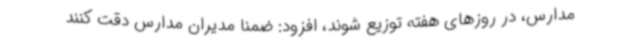
مدارس، در روزهای هفته توزیع شوند، افزود: ضمنا مدیران مدارس دقت کنند